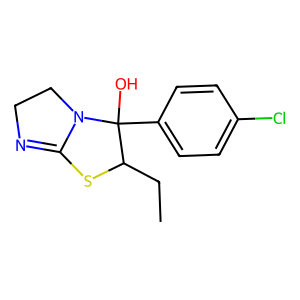
SMILES: CCC1SC2=NCCN2C1(O)c1ccc(Cl)cc1
Inhibits HIV replication: No